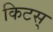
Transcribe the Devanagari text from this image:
किटस्